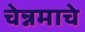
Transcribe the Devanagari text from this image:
चेन्नमाचे